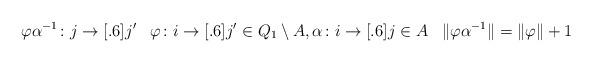
LaTeX: \begin{align*}& \varphi \alpha^{-1} \colon j \to[.6] j' && \varphi \colon i \to[.6] j' \in Q_1 \setminus A, \alpha \colon i \to[.6] j \in A && \| \varphi \alpha^{-1} \| = \| \varphi \| + 1 \\ \end{align*}